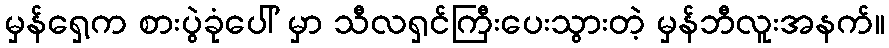
မှန်ရှေ့က စားပွဲခုံပေါ် မှာ သီလရှင်ကြီးပေးသွားတဲ့ မှန်ဘီလူးအနက်။